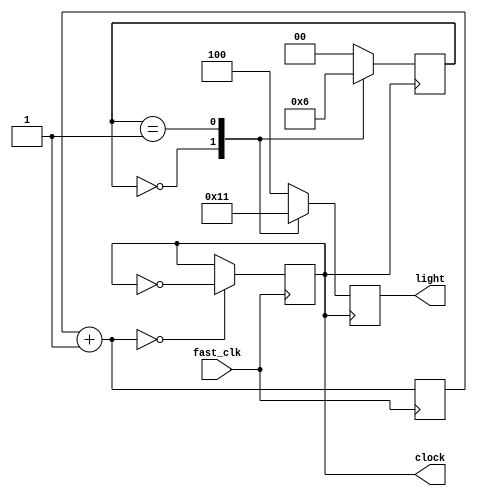
module cyclic_lamp (clock, light,fast_clk);
  input fast_clk;
  output reg [0:2] light;
  parameter S0=0, S1=1, S2=2;
  parameter RED=3'b100, GREEN=3'b010, YELLOW=3'b001;
  reg [1:0] state;
  output reg clock=1'd0;
  reg [24:0] counter=0; 
  always@(posedge fast_clk)
  begin
  counter=counter+1'b1;
  if (counter==0)
  clock=~clock;
  end
  always @(posedge clock)
  case (state)
  S0: begin // S0 means RED
        light <= GREEN; state <= S1;
      end
  S1: begin // S1 means GREEN
        light <= YELLOW; state <= S2;
      end
  S2: begin // S2 means YELLOW
        light <= RED; state <= S0;
      end
  default: begin
            light <= RED;
            state <= S0;
           end
endcase
endmodule